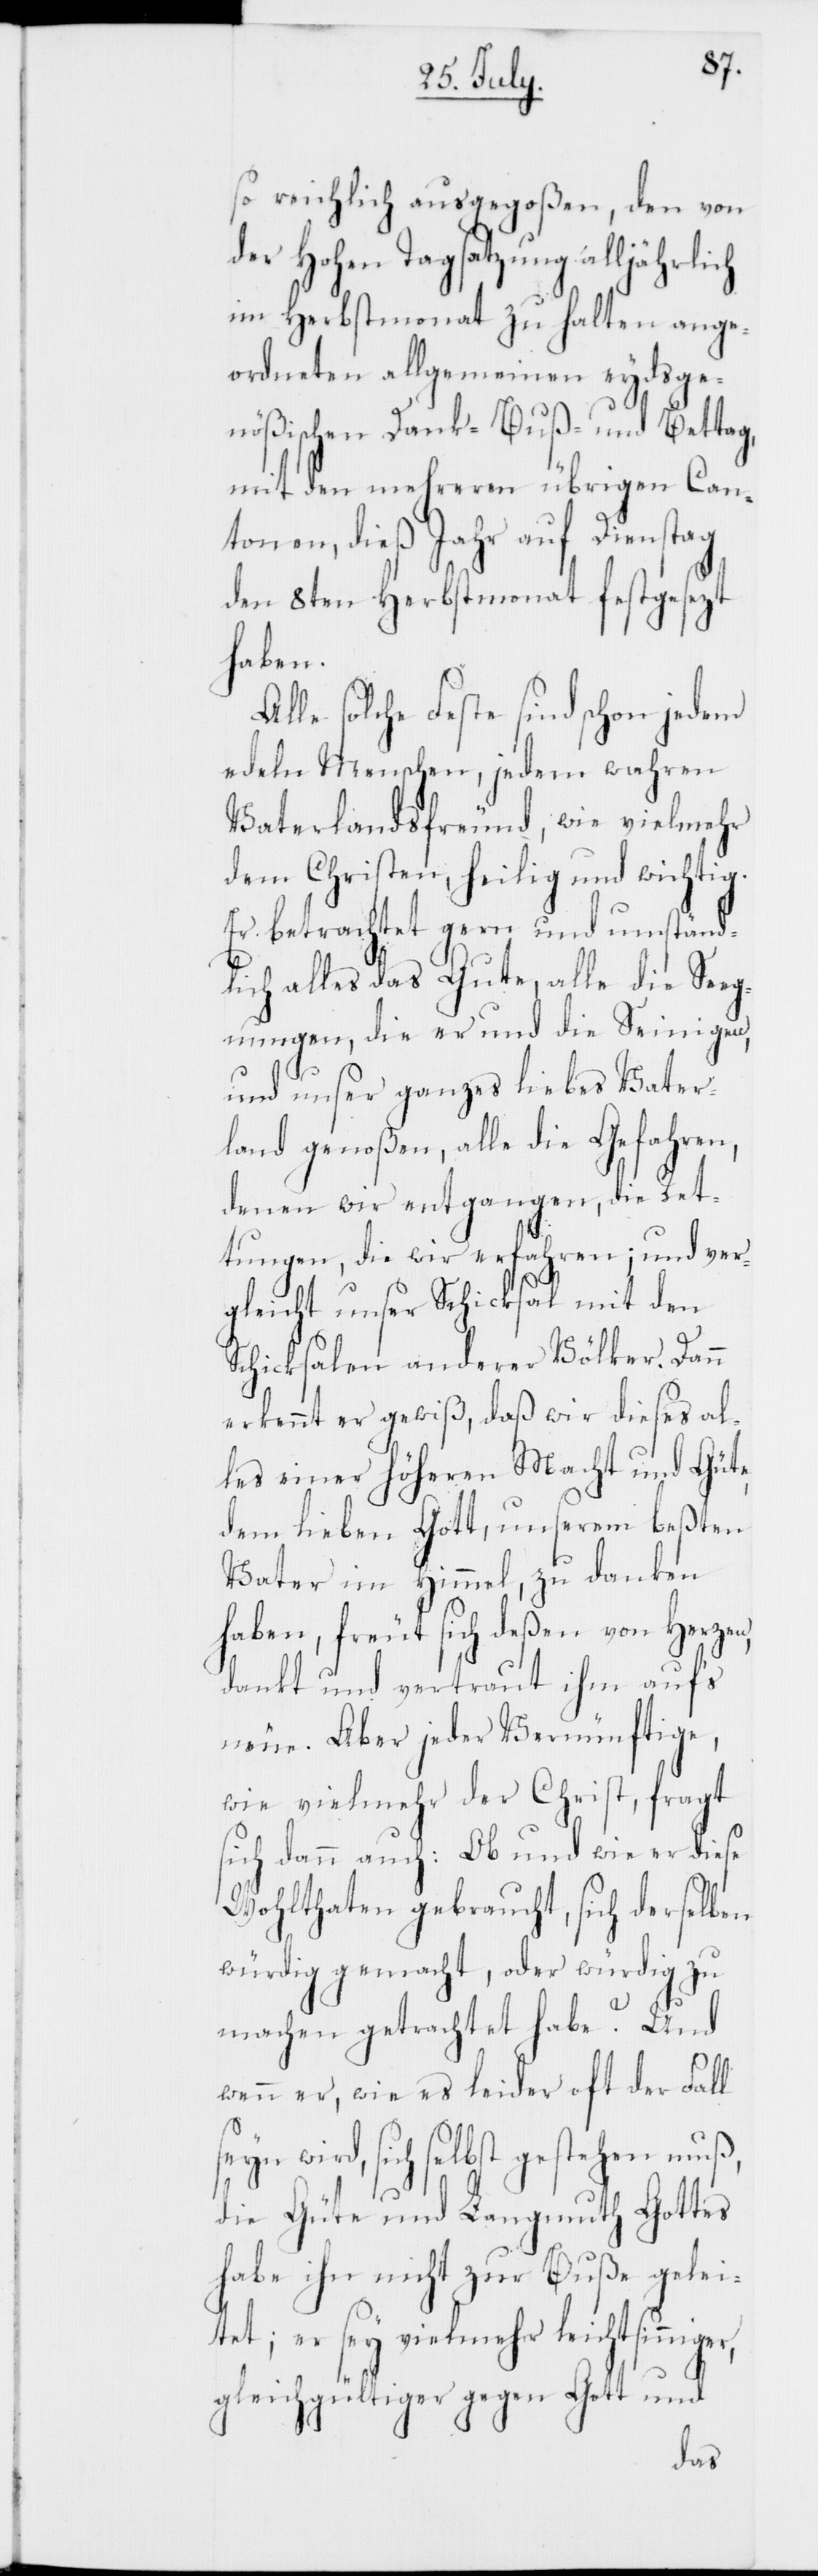
r,
so reichlich ausgegoßen, den von
der Hohen Tagsatzung alljährlich
im Herbstmonat zu halten ange¬
ordneten allgemeinen eydsge¬
nößischen Dank-[,] Buß- und Bettag,
mit den mehreren übrigen Can¬
tonen, dieß Jahr auf Dienstag
den 8ten Herbstmonat festgesezt
haben.
Alle solche Feste sind schon jedem
edeln Menschen, jedem wahren
Vaterlandsfreund, wie vielmehr
dem Christen, heilig und wichtig.
Er betrachtet gern und umständ¬
lich alles das Gute, alle die Seg¬
nungen, die er und die Seinigen,
und unser ganzes liebes Vater¬
land genoßen, alle die Gefahren,
denen wir entgangen, die Ret¬
tungen die wir erfahren; und ver¬
gleicht unser Schicksal mit den
Schicksalen anderer Völker. Dann
erkennt er gewiß, daß wir dieses al¬
les einer höheren Macht und Güte,
dem lieben Gott, unserem beßten
Vater im Himmel, zu danken
haben, freut sich deßen von Herzen,
dankt und vertraut ihm aufs
neue. Aber jeder Vernünftige,
wie vielmehr der Christ, fragt
sich dann auch: Ob und wie er diese
Wohlthaten gebraucht, sich derselben
würdig gemacht, oder würdig zu
machen getrachtet habe? Und
wenn er, wie es leider oft der Fall
seyn wird, sich selbst gestehen muß,
die Güte und Langmuth Gottes
habe ihn nicht zur Buße gelei¬
tet; er sey vielmehr leichtsinnige¬
gleichgültiger gegen Gott und